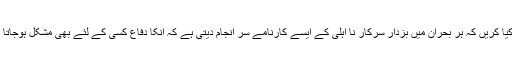
اب کیا کریں کہ ہر بحران میں بزدار سرکار نا اہلی کے ایسے کارنامے سر انجام دیتی ہے کہ انکا دفاع کسی کے لئے بھی مشکل ہوجاتا ہے۔